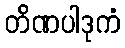
တိဏပါဒုကံ